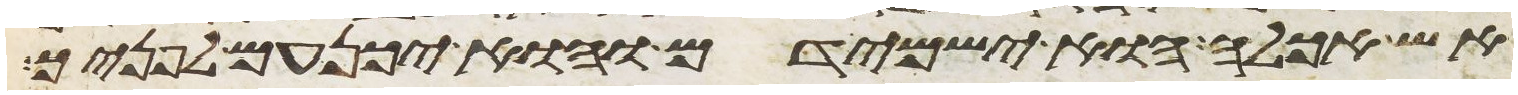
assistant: אש אכלה הוא ישמידם והוא יכנעם לפניך